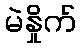
မဲနှိုက်